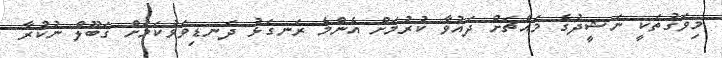
މިވަގުތަކީ ނަޝީދުގެ މައްޗަށް ދައުވާ ކުރުމަށް އެންމެ ރަނގަޅު ދަނޑިވަޅުކަމަށް ގަބޫލް ނުކުރާ